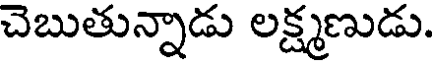
చెబుతున్నాడు లక్ష్మణుడు.